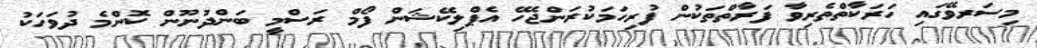
މިސަރވޭގައި ހަރަކާތްތެރިވާ ފަރާތްތަކުން ފުރިހަމަކުރަންޖެހޭ އެޕްލިކޭޝަން ފޯމް ރަސްމީ ބަންދުނޫން ކޮންމެ ދުވަހަކު